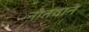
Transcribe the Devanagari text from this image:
नोतवाने